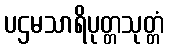
ပဌမသာရိပုတ္တသုတ္တံ